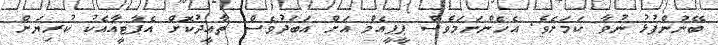
ބޭނުންފުޅު ނުވާ ކަމަށެވެ. އެހެންނަމަވެސް ޕީޕީއެމް އަށް އަބަދުވެސް ތާއީދުކޮށް އެޕާޓީއާއެކު ކުރިޔަށް